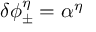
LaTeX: \delta \phi _ { \pm } ^ { \eta } = \alpha ^ { \eta }